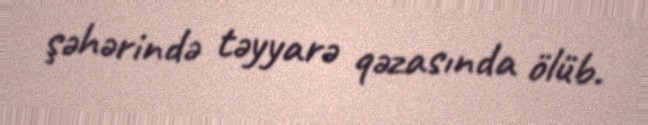
şəhərində təyyarə qəzasında ölüb.